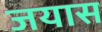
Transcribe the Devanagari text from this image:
जयास